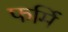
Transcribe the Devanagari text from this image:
फर्मि